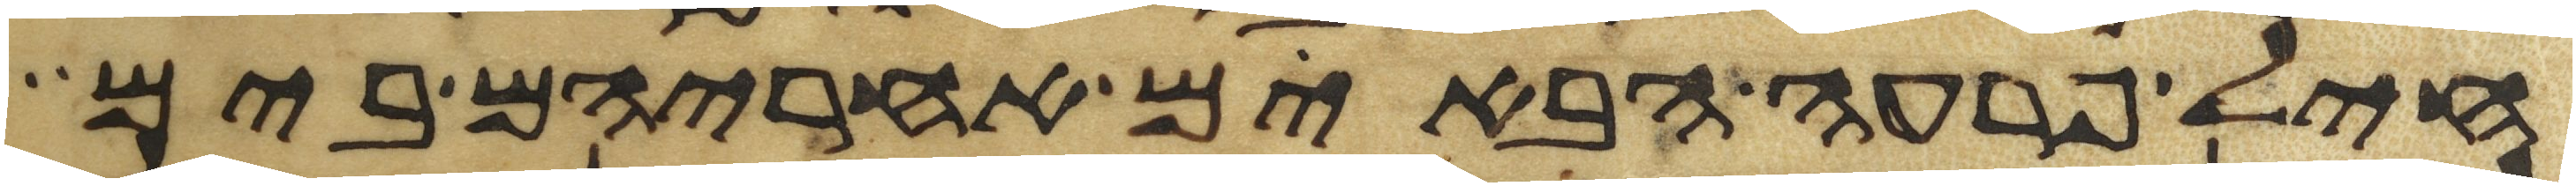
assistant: חיל פרעה הבאים אחריהם בים